Scottish Leaving Certificate Examination, 1960
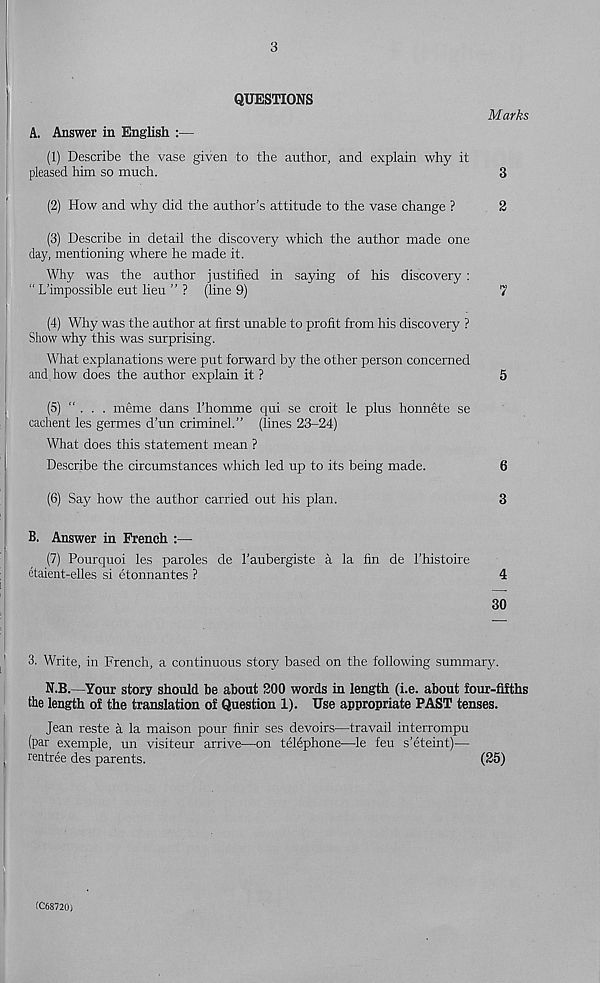
3
QUESTIONS
Marks
A. Answer in English :—
(1) Describe the vase given to the author, and explain why it
pleased him so much.
3
(2) How and why did the author’s attitude to the vase change ?
2
(3) Describe in detail the discovery which the author made one
day, mentioning where he made it.
Why was the author justified in saying of his discovery :
" L’impossible eut lieu ” ? (line 9)
7
(4) Why was the author at first unable to profit from his discovery ?
Show why this was surprising.
What explanations were put forward by the other person concerned
and. how does the author explain it ?
5
(5) " . . . meme dans 1’homme qui se croit le plus honnete se
cachent les germes d’un criminel.” (lines 23-24)
What does this statement mean ?
Describe the circumstances which led up to its being made.
6
(6) Say how the author carried out his plan.
3
B. Answer in French :—
(7) Pourquoi les paroles de 1’aubergiste a la fin de 1’histoire
etaient-elles si etonnantes ?
4
30
3. Write, in French, a continuous story based on the following summary.
N.B.—Your story should be about 200 words in length (i.e. about four-fifths
the length of the translation of Question 1). Use appropriate PAST tenses.
Jean reste a la maison pour finir ses devoirs—travail interrompu
(par exemple, un visiteur arrive—on telephone—le feu s’eteint)—
rentree des parents.
(25)
(C68720)